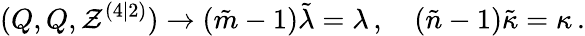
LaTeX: (Q,Q,\mathcal{Z}^{(4|2)})\rightarrow(\tilde{{m}}-1)\tilde{{\lambda}}=\lambda\, ,\quad(\tilde{{n}}-1)\tilde{{\kappa}}=\kappa\, .